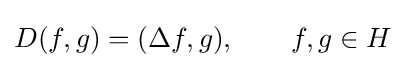
D(f,g)=(\Delta f,g),\qquad f,g\in H